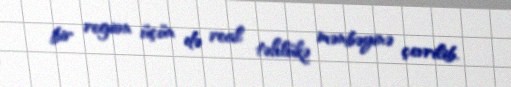
bir region üçün də real təhlükə mənbəyinə çevrilib.